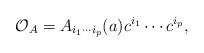
\begin{align*}{\cal O}_{A} = A_{i_{1}\cdots i_{p}}(a)c^{i_{1}}\cdots c^{i_{p}},\end{align*}